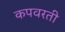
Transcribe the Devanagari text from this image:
कपवरती